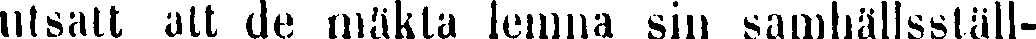
utsatt alt de mäkta lemna sin samhällsställ-